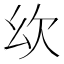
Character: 𣢄